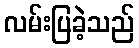
လမ်းပြခဲ့သည်